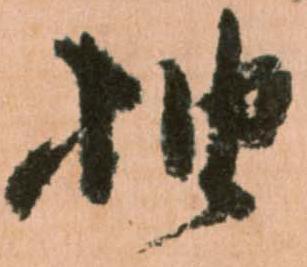
抽